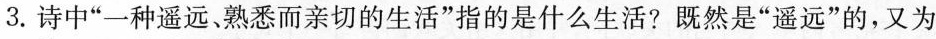
3.诗中”一种遥远、熟悉而亲切的生活”指的是什么生活?既然是”遥远”的，又为